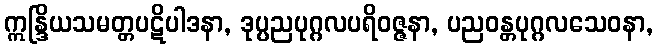
ဣန္ဒြိယသမတ္တပဋိပါဒနာ, ဒုပ္ပညပုဂ္ဂလပရိဝဇ္ဇနာ, ပညဝန္တပုဂ္ဂလသေဝနာ,